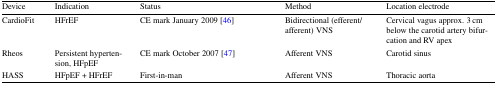
| Device | Indication | Status | Method | Location electrode |
 | --- | --- | --- | --- | --- |
 | CardioFit | HFrEF | CE mark January 2009 [46] | Bidirectional (efferent/afferent) VNS | Cervical vagus approx. 3 cm below the carotid artery bifurcation and RV apex |
 | Rheos | Persistent hypertension, HFpEF | CE mark October 2007 [47] | Afferent VNS | Carotid sinus |
 | HASS | HFpEF + HFrEF | First-in-man | Afferent VNS | Thoracic aorta |